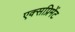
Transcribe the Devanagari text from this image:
एक्सप्रिमेंट